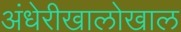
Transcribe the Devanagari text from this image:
अंधेरीखालोखाल